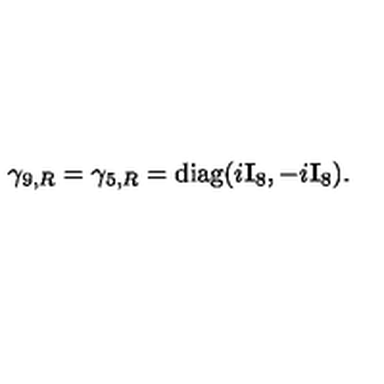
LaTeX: \gamma _ { 9 , R } = \gamma _ { 5 , R } = { \mathrm { d i a g } } ( i { \bf I } _ { 8 } , - i { \bf I } _ { 8 } ) .